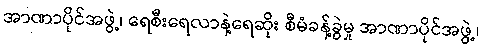
အာဏာပိုင်အဖွဲ့၊ ရေစီးရေလာနဲ့ရေဆိုး စီမံခန့်ခွဲမှု အာဏာပိုင်အဖွဲ့၊